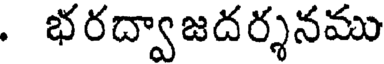
. భరద్వాజదర్శనము